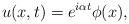
LaTeX: \begin{align*}u(x,t)=e^{i\alpha t}\phi(x),\end{align*}